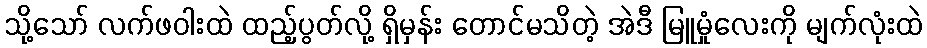
သို့သော် လက်ဖဝါးထဲ ထည့်ပွတ်လို့ ရှိမှန်း တောင်မသိတဲ့ အဲဒီ မြူမှုံလေးကို မျက်လုံးထဲ